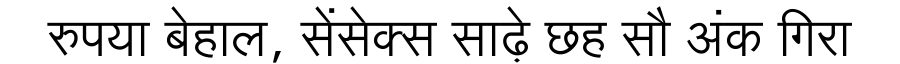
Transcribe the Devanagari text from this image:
रुपया बेहाल, सेंसेक्स साढ़े छह सौ अंक गिरा